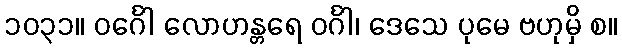
၁၀၃၁။ ဝင်္ဂေါ လောဟန္တရေ ဝင်္ဂါ၊ ဒေသေ ပုမေ ဗဟုမှိ စ။